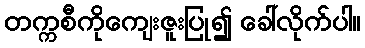
တက္ကစီကိုကျေးဇူးပြု၍ ခေါ်လိုက်ပါ။